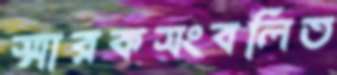
স্মারকসংবলিত